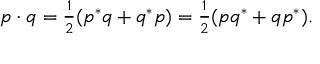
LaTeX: p \cdot q = \textstyle { \frac { 1 } { 2 } } ( p ^ { * } q + q ^ { * } p ) = \textstyle { \frac { 1 } { 2 } } ( p q ^ { * } + q p ^ { * } ) .